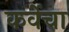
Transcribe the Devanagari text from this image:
कर्वेचा